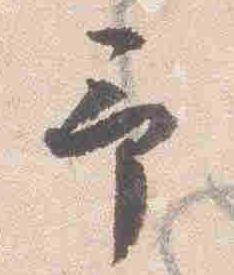
予